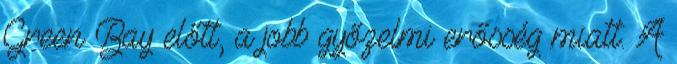
Green Bay előtt, a jobb győzelmi erősség miatt. A